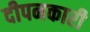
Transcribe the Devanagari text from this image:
दीपनकारी